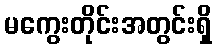
မကွေးတိုင်းအတွင်းရှိ